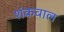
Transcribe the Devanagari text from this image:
शंकवाल